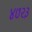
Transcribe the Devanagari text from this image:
४७२३